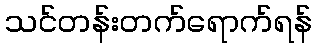
သင်တန်းတက်ရောက်ရန်